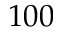
1 0 0